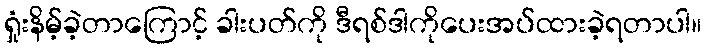
ရှုံးနိမ့်ခဲ့တာကြောင့် ခါးပတ်ကို ဒီရစ်ဒါကိုပေးအပ်ထားခဲ့ရတာပါ။